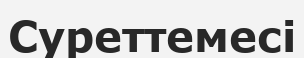
Суреттемесі